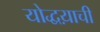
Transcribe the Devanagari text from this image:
योद्धय़ाची